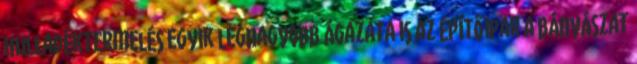
hulladéktermelés egyik legnagyobb ágazata is az építőipar a bányászat